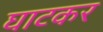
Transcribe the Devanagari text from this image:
घाटकर